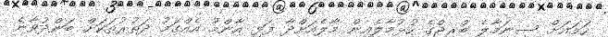
ހަމައަށް ސިނަމާލެ ބްރިޖްގެ ހުޅުމާލެއިން މާލެއަށްދާ ފަޅި އާންމު އެއްގަމު ދަތުރުތަކަށް ބަންދުވާނެ